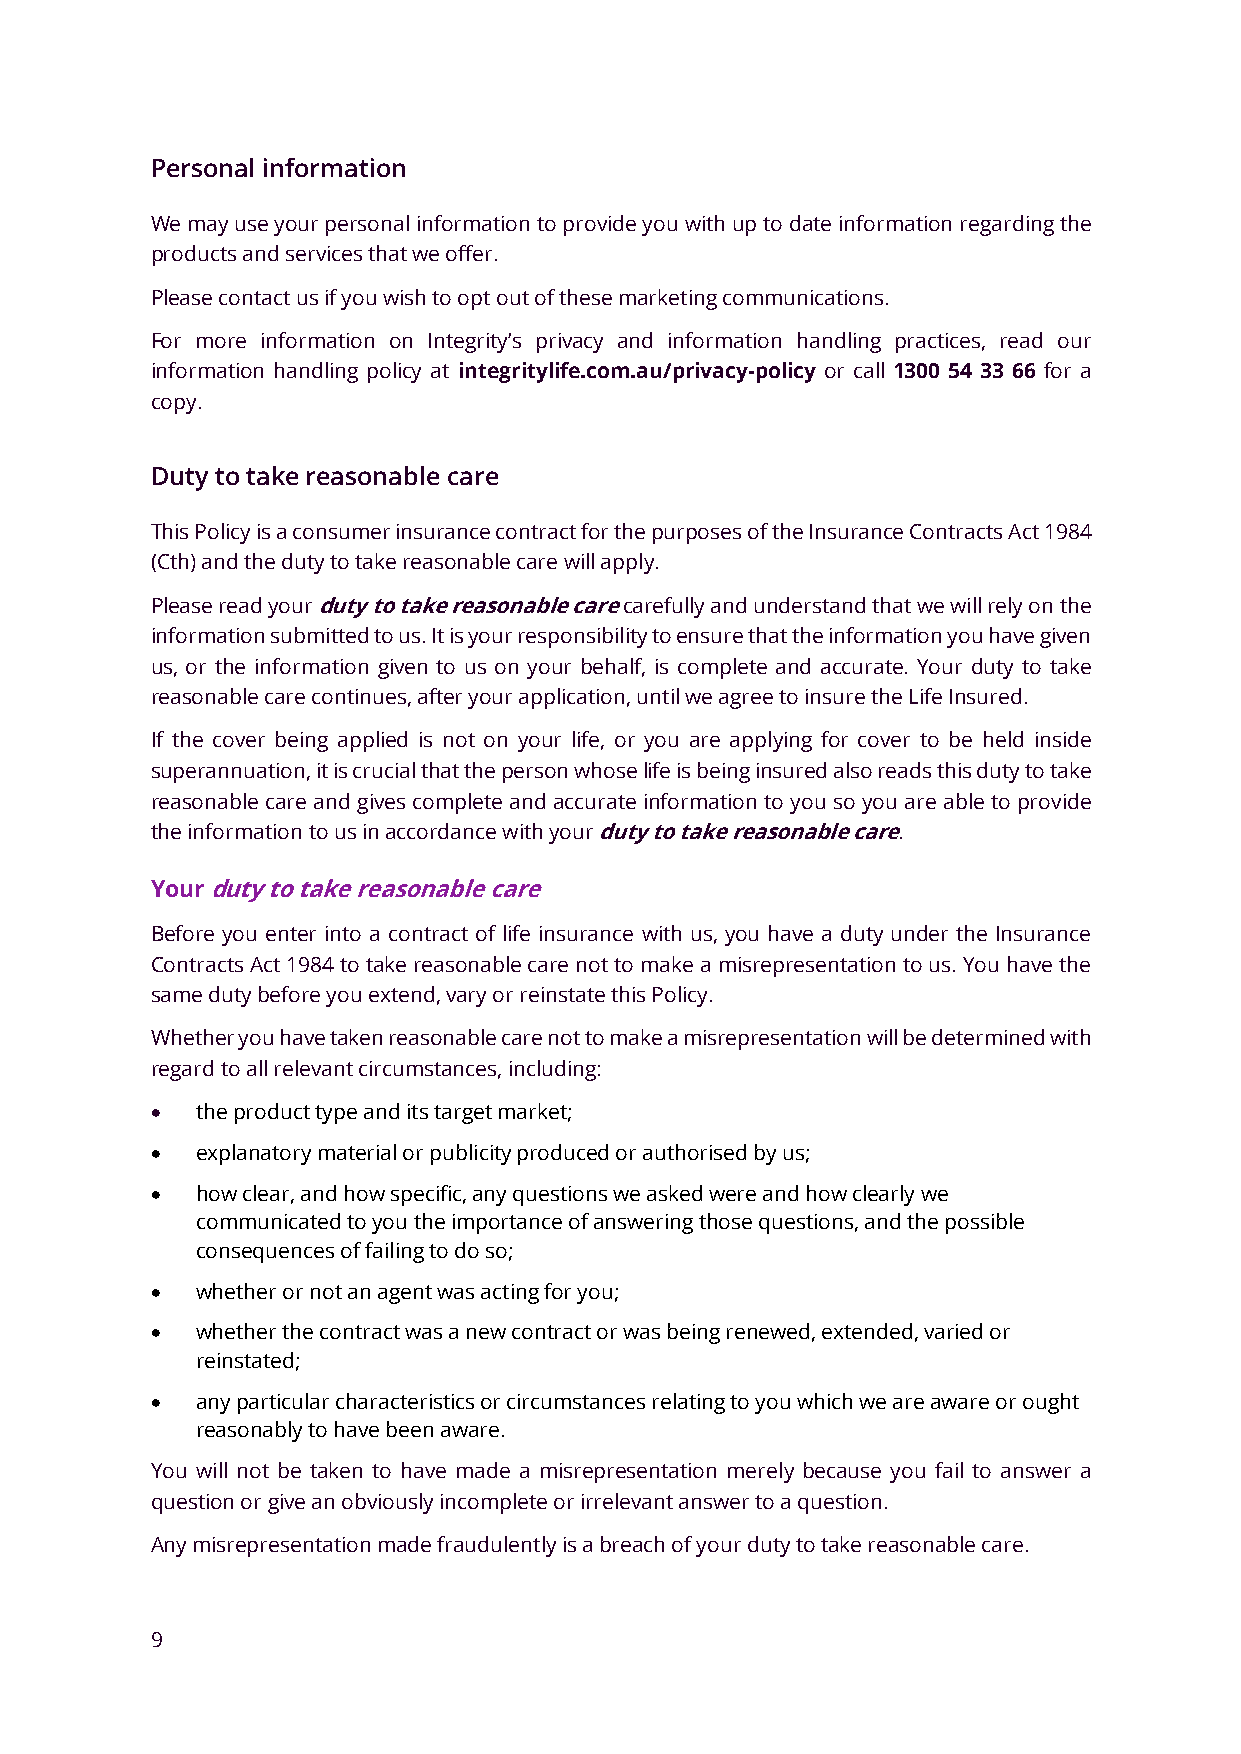
Personal information
 We may use your personal information to provide you with up to date information regarding the
 products and services that we offer.
 Please contact us if you wish to opt out of these marketing communications.
 For more information on Integrity’s privacy and information handling practices, read our
 information handling policy at integritylife.com.au/privacy-policy or call 1300 54 33 66 for a
 copy.
 Duty to take reasonable care
 This Policy is a consumer insurance contract for the purposes of the Insurance Contracts Act 1984
 (Cth) and the duty to take reasonable care will apply.
 Please read your duty to take reasonable care carefully and understand that we will rely on the
 information submitted to us. It is your responsibility to ensure that the information you have given
 us, or the information given to us on your behalf, is complete and accurate. Your duty to take
 reasonable care continues, after your application, until we agree to insure the Life Insured.
 If the cover being applied is not on your life, or you are applying for cover to be held inside
 superannuation, it is crucial that the person whose life is being insured also reads this duty to take
 reasonable care and gives complete and accurate information to you so you are able to provide
 the information to us in accordance with your duty to take reasonable care.
 Your duty to take reasonable care
 Before you enter into a contract of life insurance with us, you have a duty under the Insurance
 Contracts Act 1984 to take reasonable care not to make a misrepresentation to us. You have the
 same duty before you extend, vary or reinstate this Policy.
 Whether you have taken reasonable care not to make a misrepresentation will be determined with
 regard to all relevant circumstances, including:
 •  the product type and its target market;
 •  explanatory material or publicity produced or authorised by us;
 •  how clear, and how specific, any questions we asked were and how clearly we
 communicated to you the importance of answering those questions, and the possible
 consequences of failing to do so;
 •  whether or not an agent was acting for you;
 •  whether the contract was a new contract or was being renewed, extended, varied or
 reinstated;
 •  any particular characteristics or circumstances relating to you which we are aware or ought
 reasonably to have been aware.
 You will not be taken to have made a misrepresentation merely because you fail to answer a
 question or give an obviously incomplete or irrelevant answer to a question.
 Any misrepresentation made fraudulently is a breach of your duty to take reasonable care.
 9